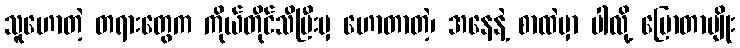
သူဟောတဲ့ တရားတွေက ကိုယ်တိုင်သိပြီးမှ ဟောတာတဲ့၊ အနေနဲ့ စာထဲမှာ ပါလို့ ပြောတာမျိုး